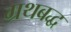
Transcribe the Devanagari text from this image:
ग्रथबद्ध